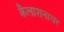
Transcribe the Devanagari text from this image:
कैलाशनाथर